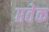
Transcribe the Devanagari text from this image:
प्ततेक